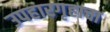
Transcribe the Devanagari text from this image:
उपहारगृहाचा